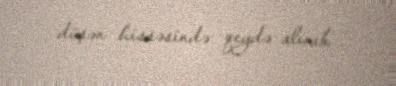
düşən hissəsində qeydə alınıb.